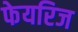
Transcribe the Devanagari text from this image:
फेयरिज